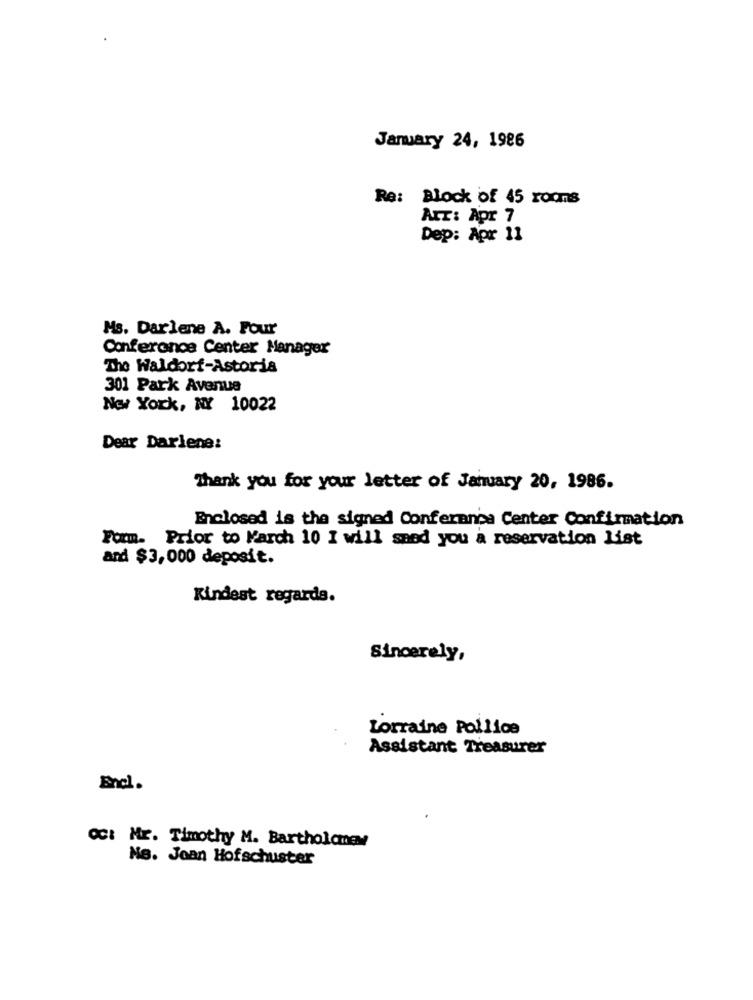
January 24, 1986
Re: Block of 45 rooms
Arr: Apr 7
Dep: Apr 11
Ms. Darlene A. Four
Conference Center Manager
The Waldorf-Astoria
301 Park Avenue
New York, NY 10022
Dear Darlene:
Thank you for your letter of January 20, 1986.
Enclosed is the signed Conference Center Confirmation
Form. Prior to March 10 I will sned you a reservation list
and $3,000 deposit.
Kindest regards.
Sincerely,
Lorraine Pollice
Assistant Treasurer
Encl.
OCI Mr. Timothy M. Bartholomew
No. Joan Hofschuster